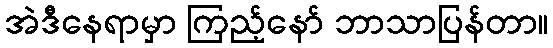
အဲဒီနေရာမှာ ကြည့်နော် ဘာသာပြန်တာ။